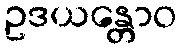
ဥဒယန္တောဝ